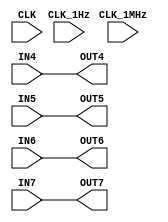
// https://de.wikipedia.org/wiki/Glue_Logic
module GLUE_LOGIC(
	input CLK,
	input CLK_1MHz,
	input CLK_1Hz,
	input IN4,
	input IN5,
	input IN6,
	input IN7,
	output wire OUT4,
	output wire OUT5,
	output wire OUT6, 
	output wire OUT7
	);
	//
	assign OUT4 = IN4;
	assign OUT5 = IN5;
	assign OUT6 = IN6;	
	assign OUT7 = IN7;		
	//
endmodule